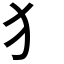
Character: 犭